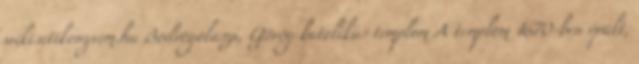
wiki.utikonyvem.hu Bodrogolaszi, Görög katolikus templom A templom 1670-ben épült,